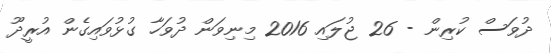
ދުވަސް ކުރިން - 26 ޖުލައި 2016 މިނިވަން ދުވަހާ ގުޅުވައިގެން އުރީދޫ